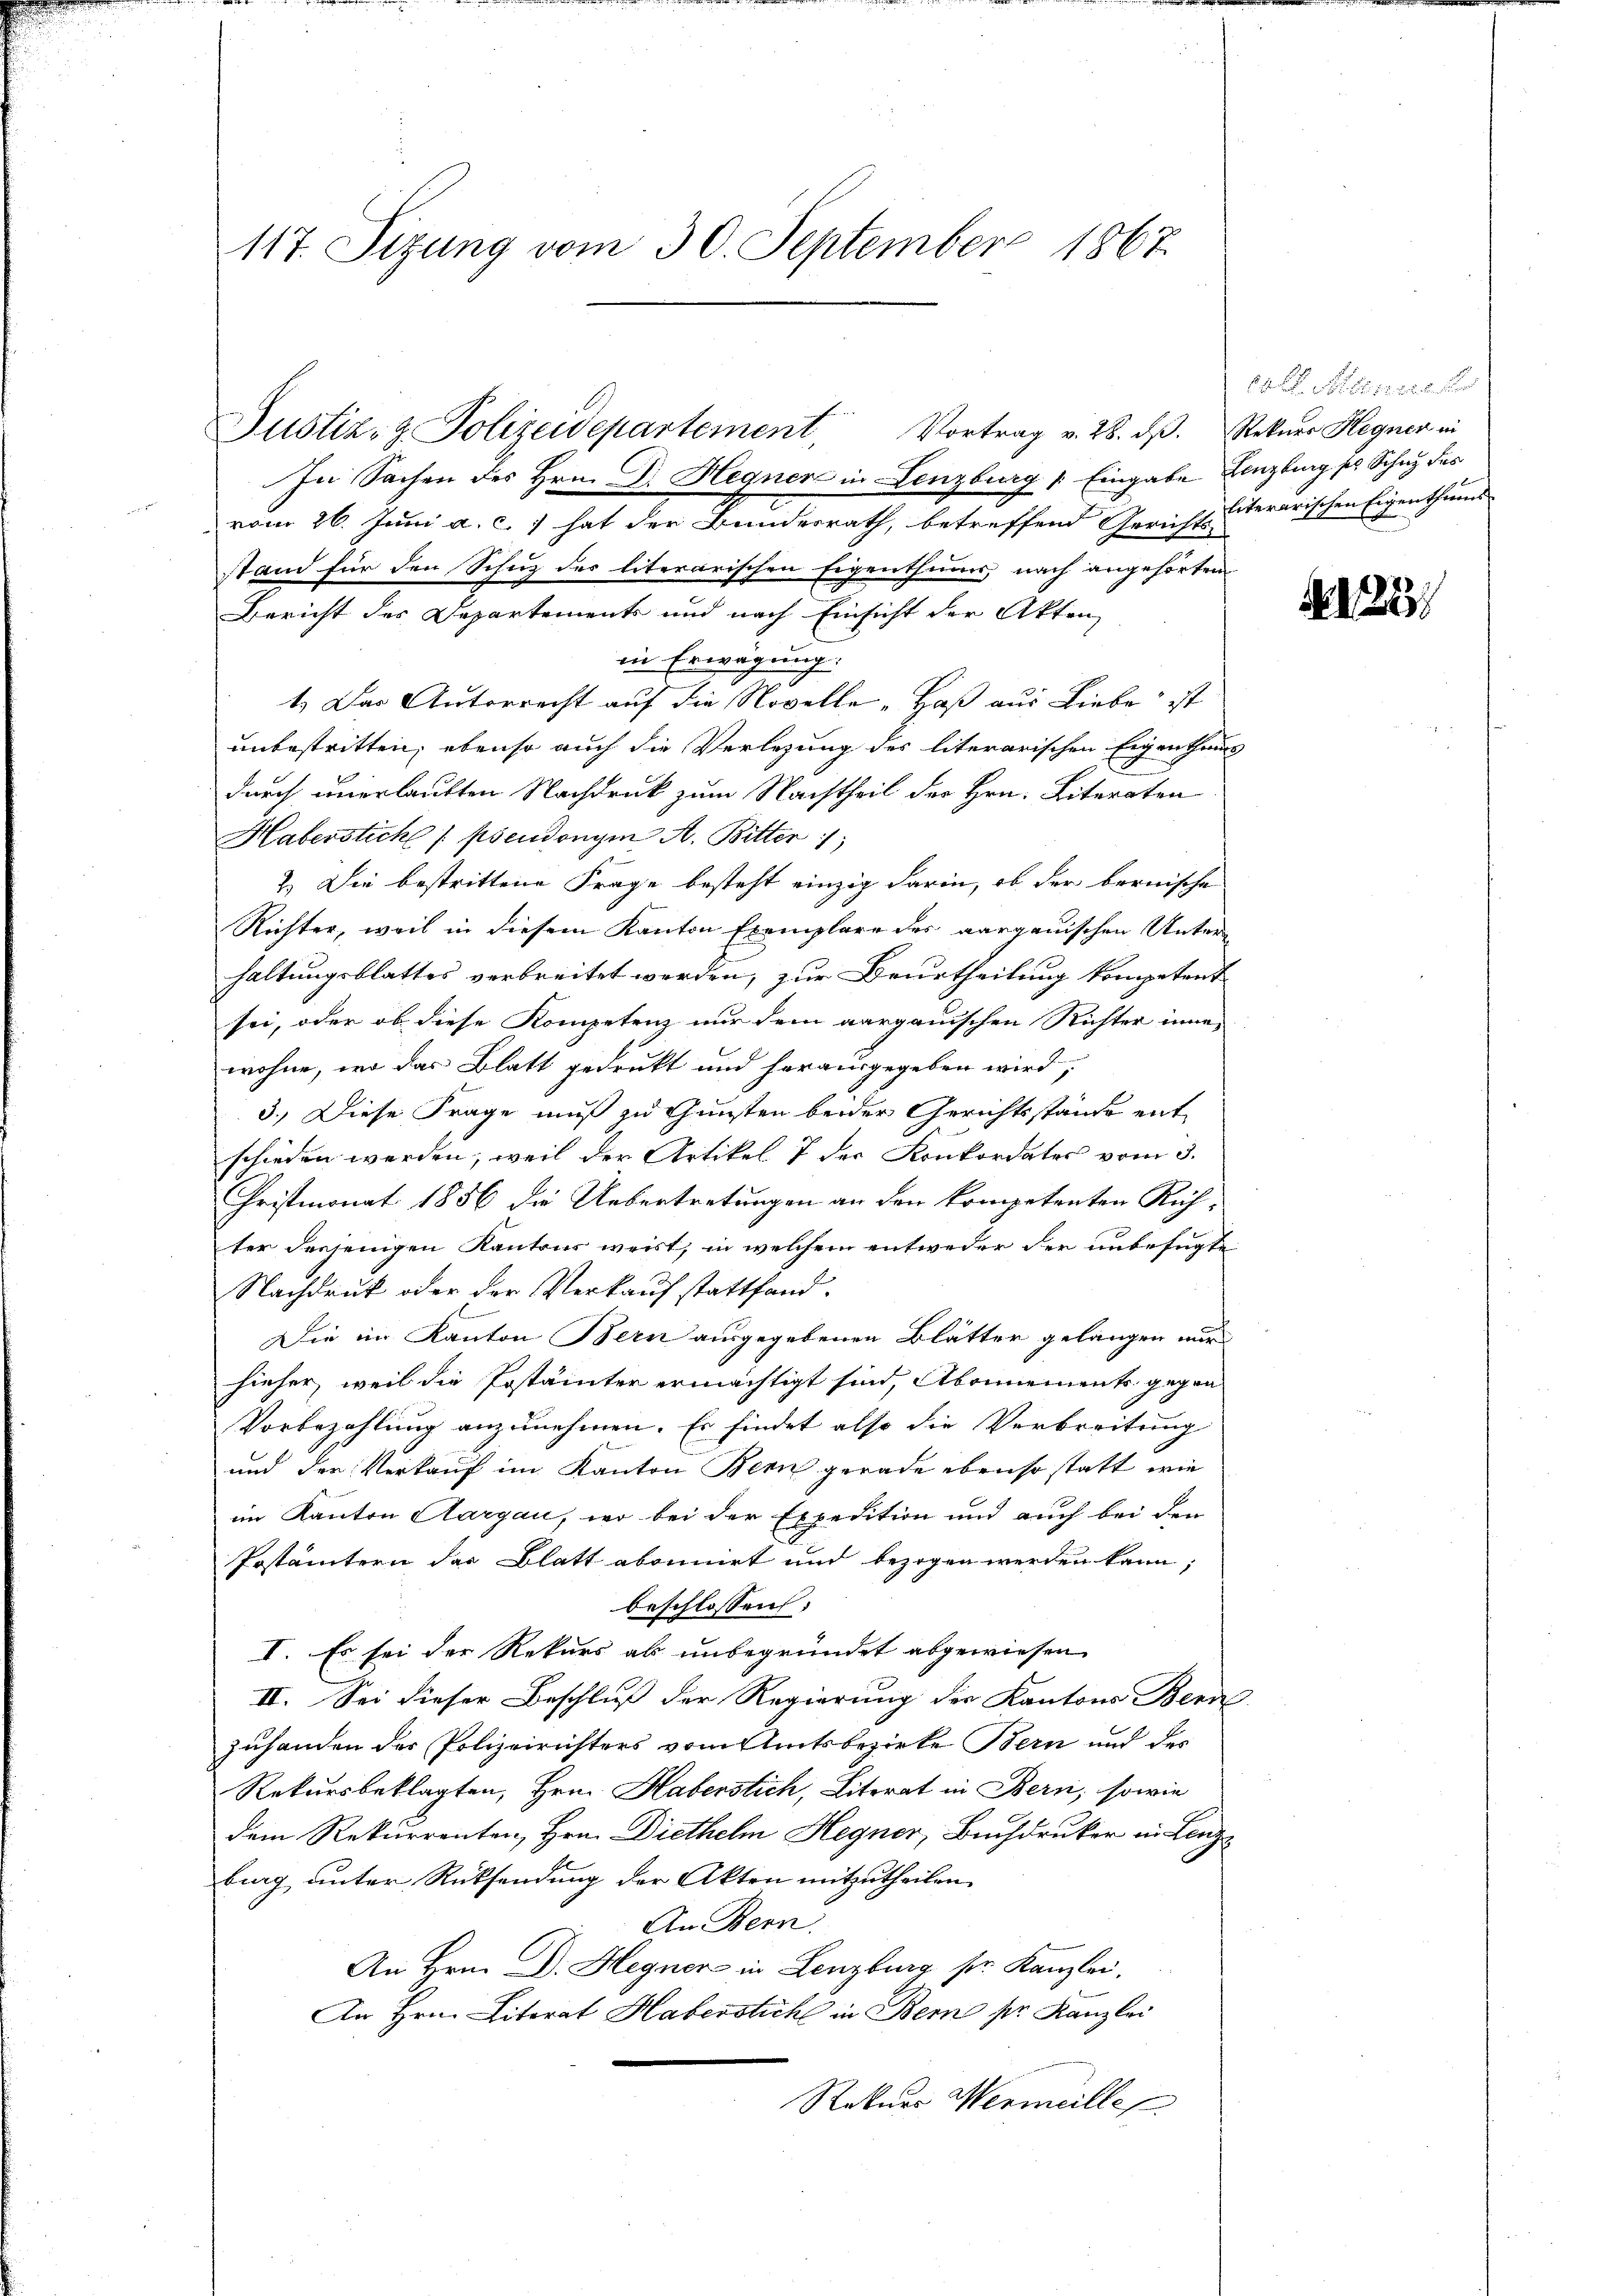
117. Sizung vom 30. September 1867

Justiz- & Polizeidepartement Vortrag v. 28. dβ. Rekŭrr Hegner in
In Sachen des Hrn. Dr. Hegner in Lenzburg /: Eingabe Lenzburg ser Schug des

vom 26. Juni a. c.) hat der Bundesrath, betreffend Gericht literarischen Eigenthums
stand für den Schutz des literarischen Eigenthums nach angehörten
Bericht des Departements und nach Einsicht der Akten,
in Erwägung.
1.) Das Autorrecht auf die Novelle "Haß aus Liebe ist
unbestritten; ebenso auch die Verlegung des literarischen Eigenthums
durch unerlauften Nachdruck zum Nachtheil der Hrn. Literaten
Haberstichl (pseudonym A. Bitter
2.) Die bestrittene Frage besteht einzig darin, ob der bernische
Richter, weil in diesem Kanton Exemplare des aargauischen Unterhaltungsblattes verbreitet werden, zur Beurtheilung kompetent
sei, oder ob diese Kompetenz nur dem aargauischen Richter inne
wohne, wo das Blatt gedrukt und herausgegeben wird;
3.) Diese Frage muß zu Gunsten beider Gerichtsstände entschieden werden, weil der Artikel 7 der Konkordates vom 3.
Christmonat 1856 die Uebertretungen an den kompetenten Richter derjenigen Kantons weist, in welchem entweder der unbefugte
Nachdruk oder der Verkauf stattfand-
Die im Kanton Bern ausgegebenen Blätter gelangen wir
hieher, weil die Postämter ermächtigt sind, Abonnements gegen
Vorbezahlung anzunehmen. Es findet also die Verbreitung
und der Verkauf im Kanton Bern gerade ebenso statt wie
im Kanton Aargau, wo bei der Expedition und auch bei den
Postämtern der Blatt abonnirt und bezogen werden kann;
beschlossen:
I. Es sei der Rekurs als unbegründet abgewiesen
II. Sei dieser Beschluß der Regierung der Kantons Benn
zuhanden des Polizeirichters vom Amtsbezirke Bern und des
Rekursbeklagten, Hrn. Haberstich, Literat in Bern, sowie
dem Rekurrenten, Hrn. Diethelm Hegner, Buchdruker in Lenz
bing unter Rücksendung der Akten mitzutheilen.
An Bern.
An Hrn. Dr. Hegner in Lenzburg sr. Kanzlei,
An Hrn. Literat Haberstich in Bern pr. Kanzlei
Rekurs Wermeille

10 f. Sinne

22